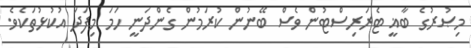
މިޞުރުގެ ބާޣީ ޓެރަރިސްޓުން ވެސް ބޭނުން ކުރަމުން ގެންދަނީ ހަމަ މިފަދަ އުކުޅުތަކެވެ.